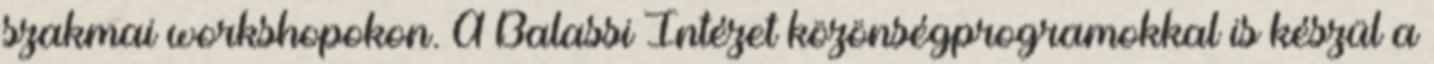
szakmai workshopokon. A Balassi Intézet közönségprogramokkal is készül a